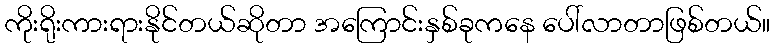
ကိုးရိုးကားရားနိုင်တယ်ဆိုတာ အကြောင်းနှစ်ခုကနေ ပေါ်လာတာဖြစ်တယ်။